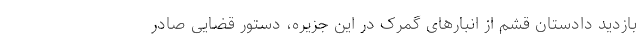
بازدید دادستان قشم از انبارهای گمرک در این جزیره، دستور قضایی صادر